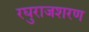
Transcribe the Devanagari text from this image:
रघुराजशरण